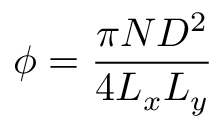
\phi = \frac { \pi N D ^ { 2 } } { 4 L _ { x } L _ { y } }